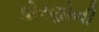
ધોરણોની